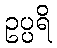
ဥပ္ပရိ